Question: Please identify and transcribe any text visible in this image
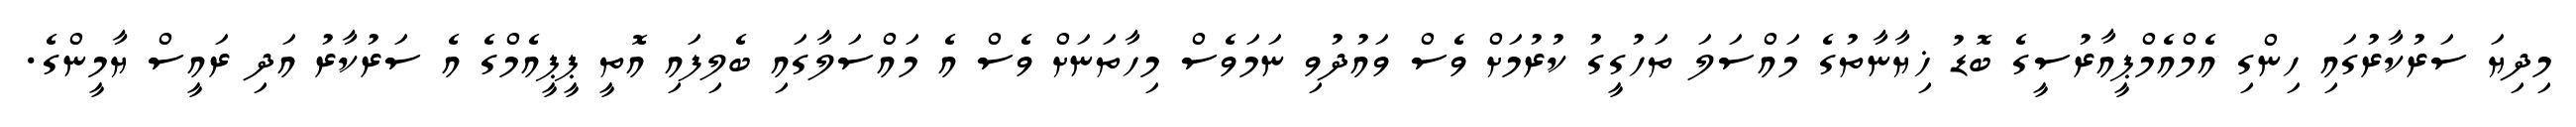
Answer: މިދިޔަ ސަރުކާރުގައި ހިންގި އެމްއެމްޕީއާރުސީގެ ބޮޑު ޚިޔާނާތުގެ މައްސަލަ ތަހުގީގު ކުރުމަށް ވެސް ވައުދުވި ނަމަވެސް މިހާތަނަށް ވެސް އެ މައްސަލާގައި ބެލިފައި އޮތީ ޕީޕީއެމްގެ އެ ސަރުކާރު އަދި ރައީސް ޔާމީންގެ.